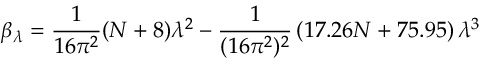
\beta _ { \lambda } = \frac { 1 } { 1 6 \pi ^ { 2 } } ( N + 8 ) \lambda ^ { 2 } - \frac { 1 } { ( 1 6 \pi ^ { 2 } ) ^ { 2 } } \left( 1 7 . 2 6 N + 7 5 . 9 5 \right) \lambda ^ { 3 }